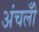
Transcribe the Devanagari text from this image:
अंचलोँ